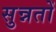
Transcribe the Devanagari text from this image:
सुन्नतों